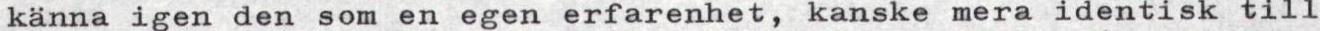
känna igen den som en egen erfarenhet, kanske mera identisk till